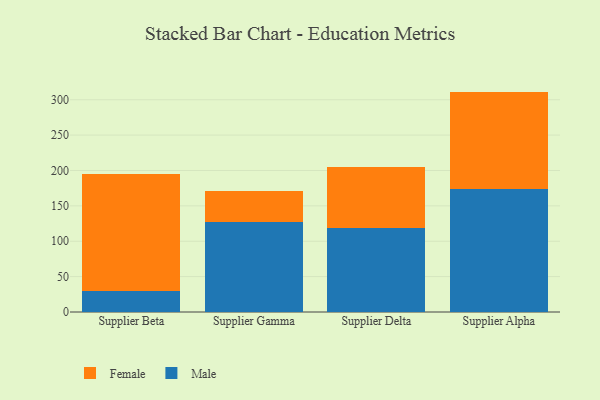
{"axis": {"x": "Supplier", "y": "Net Income (USD K)"}, "legend": ["Female", "Male"], "data": [{"x": "Supplier Beta", "y": 29.7, "type": "Male"}, {"x": "Supplier Beta", "y": 164.7, "type": "Female"}, {"x": "Supplier Gamma", "y": 127.4, "type": "Male"}, {"x": "Supplier Gamma", "y": 43.6, "type": "Female"}, {"x": "Supplier Delta", "y": 119.3, "type": "Male"}, {"x": "Supplier Delta", "y": 85.3, "type": "Female"}, {"x": "Supplier Alpha", "y": 173.7, "type": "Male"}, {"x": "Supplier Alpha", "y": 137.8, "type": "Female"}]}